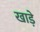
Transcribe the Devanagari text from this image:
खाड़े